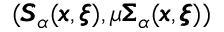
( { \pmb S } _ { \alpha } ( { \pmb x } , { \pmb \xi } ) , \mu { \pmb \Sigma } _ { \alpha } ( { \pmb x } , { \pmb \xi } ) )